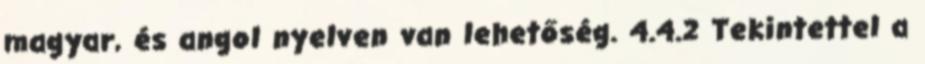
magyar, és angol nyelven van lehetőség. 4.4.2 Tekintettel a